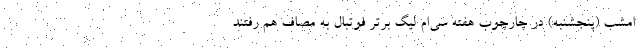
امشب (پنجشنبه) در چارچوب هفته سی‌ام لیگ برتر فوتبال به مصاف هم رفتند